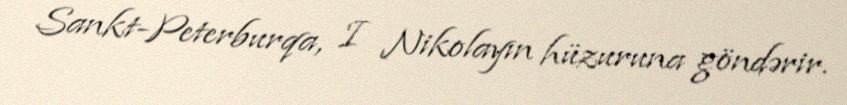
Sankt-Peterburqa, I Nikolayın hüzuruna göndərir.